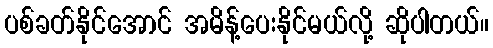
ပစ်ခတ်နိုင်အောင် အမိန့်ပေးနိုင်မယ်လို့ ဆိုပါတယ်။